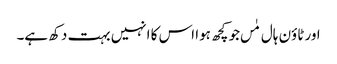
اور ٹاؤن ہال مٰں جو کچھ ہوا اس کا انہیں بہت دکھ ہے۔